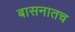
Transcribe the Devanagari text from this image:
बासनातच